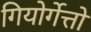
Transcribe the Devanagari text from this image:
गियोर्गेत्तो